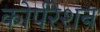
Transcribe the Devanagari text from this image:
कोर्परेशन